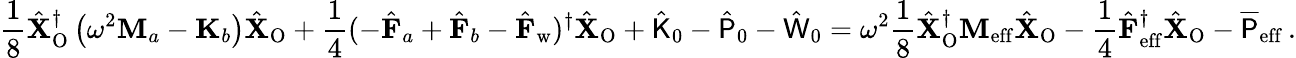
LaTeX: \frac{1}{8}\hat{\mathbf{X}}_{\mathrm{O}}^{\dagger}\left(\omega^{2}\mathbf{M}_{a}-\mathbf{K}_{b}\right)\hat{\mathbf{X}}_{\mathrm{O}}+\frac{1}{4}(-\hat{\mathbf{F}}_{a}+\hat{\mathbf{F}}_{b}-\hat{\mathbf{F}}_{\mathrm{w}})^{\dagger}\hat{\mathbf{X}}_{\mathrm{O}}+\hat{\mathsf{K}}_{0}-\hat{\mathsf{P}}_{0}-\hat{\mathsf{W}}_{0}=\omega^{2}\frac{1}{8}\hat{\mathbf{X}}_{\mathrm{O}}^{\dagger}\mathbf{M}_{\mathrm{eff}}\hat{\mathbf{X}}_{\mathrm{O}}-\frac{1}{4}\hat{\mathbf{F}}_{\mathrm{eff}}^{\dagger}\hat{\mathbf{X}}_{\mathrm{O}}-\overline{{\mathsf{P}}}_{\mathrm{eff}}\, .